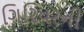
ગિરિધરની